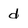
Character: d